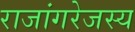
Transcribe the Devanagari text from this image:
राजांगरेजस्य